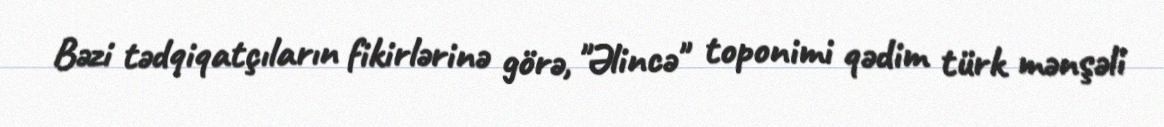
Bəzi tədqiqatçıların fikirlərinə görə, "Əlincə" toponimi qədim türk mənşəli